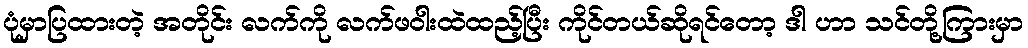
ပုံမှာပြထားတဲ့ အတိုင်း လက်ကို လက်ဖဝါးထဲထည့်ပြီး ကိုင်တယ်ဆိုရင်တော့ ဒါ ဟာ သင်တို့ကြားမှာ